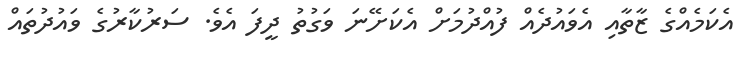
އެކަމެއްގެ ޒާތާއި އެވައުދެއް ފުއްދުމަށް އެކަށޭނަ ވަގުތު ދީފަ އެވެ. ސަރުކާރުގެ ވައުދުތައް